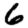
Digit: 6